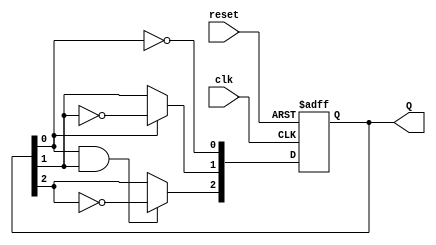
module ripple_counter (
    input wire clk,        // Clock input
    input wire reset,      // Asynchronous reset
    output reg [2:0] Q     // 3-bit output
);

// Always block triggered on the rising edge of the clock or reset
always @(posedge clk or posedge reset) begin
    if (reset) begin
        Q <= 3'b000;      // Reset the counter to 0
    end else begin
        // Ripple counter logic
        Q[0] <= ~Q[0];    // Toggle the least significant bit
        Q[1] <= Q[0] ? ~Q[1] : Q[1]; // Toggle Q1 on Q0 transition
        Q[2] <= (Q[0] & Q[1]) ? ~Q[2] : Q[2]; // Toggle Q2 on Q1 and Q0 transition
    end
end

endmodule